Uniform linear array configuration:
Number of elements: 24
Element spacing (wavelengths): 1
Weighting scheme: uniform
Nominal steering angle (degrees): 30
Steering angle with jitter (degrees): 29.766
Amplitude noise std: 0.05
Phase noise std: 0.05

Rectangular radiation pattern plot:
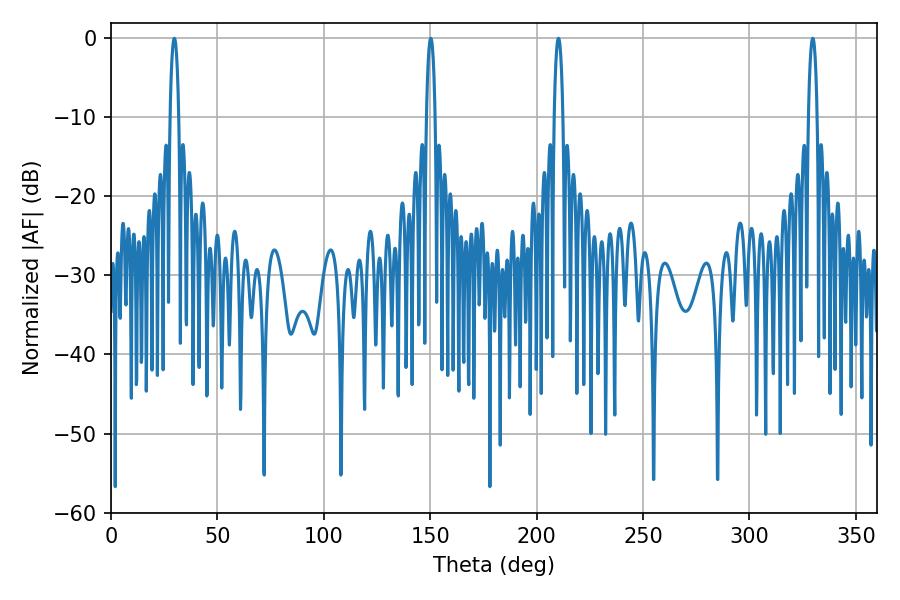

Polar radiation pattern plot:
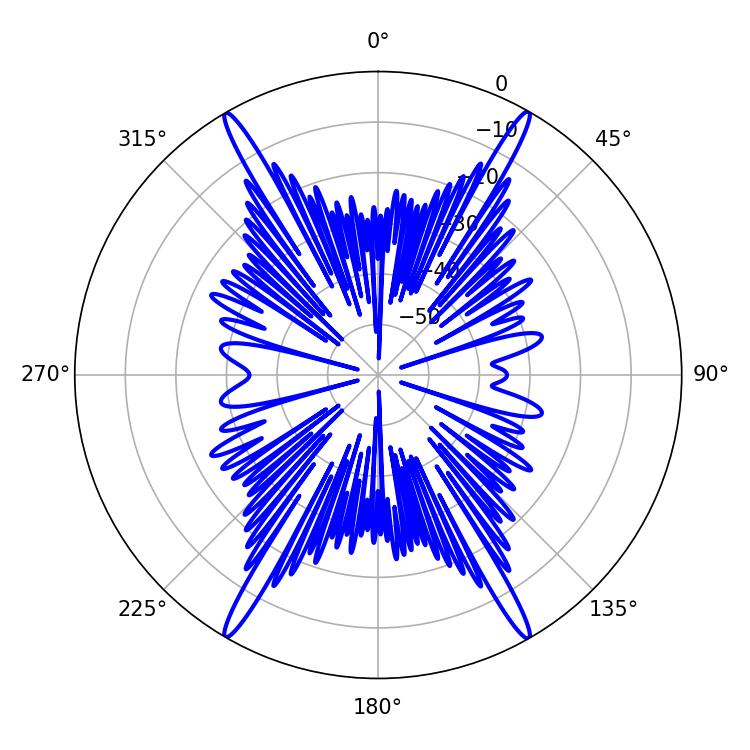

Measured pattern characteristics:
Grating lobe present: TRUE
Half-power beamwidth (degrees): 2.16
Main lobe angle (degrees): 210.24